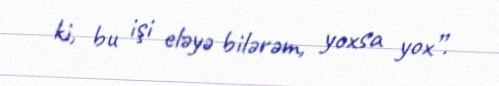
ki, bu işi eləyə bilərəm, yoxsa yox”.